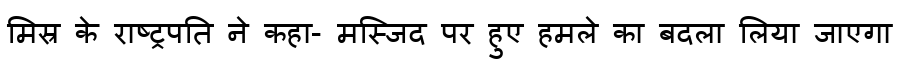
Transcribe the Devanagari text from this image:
मिस्र के राष्ट्रपति ने कहा- मस्जिद पर हुए हमले का बदला लिया जाएगा